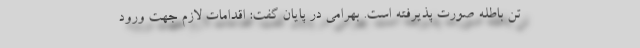
تن باطله صورت پذیرفته است. بهرامی در پایان گفت: اقدامات لازم جهت ورود